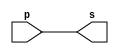
// ----------------------------------------
// Exemplo0001 - buffer
// Nome: Joo Henrique Mendes de Oliveira
// ----------------------------------------

// -------------------------
// -- buffer
// -------------------------

module buffer(output s, input p);
	assign s = p; //-- vinculo
endmodule //-- end module buffer

// -------------------------
// -- test buffer
// -------------------------

module testbuffer;
//-- dados locais
	reg a; //-- reg = registrador = entrada
	wire s; //-- wire = sada
	
//-- instanciando o "module buffer"
	buffer BF1(s, a);
	
//-- preparao
	initial begin:start
		a = 0; //-- valor inicial
	end //-- end start

//-- parte principal
	initial begin:main
	//-- execuo 1  1
		$display("Exemplo0001 - Joo Henrique - 392734");
		$display("Test Buffer");
		$display("\t	time\ta = s"); //-- \t = 
	//-- execuo sequencial
		$monitor("%d\t%b = %b", $time, a, s); //-- buscar explicao sobre essa linha
		
		#1 a = 1; //-- aps uma unidade de tempo,
					 //-- mudar o valor do reg para 0.
		
		#2 a = 0; //-- aps duas unidades de tempo,
					 //-- mudar o valor do reg para 1.
	end //-- end main

endmodule //-- end testbuffer